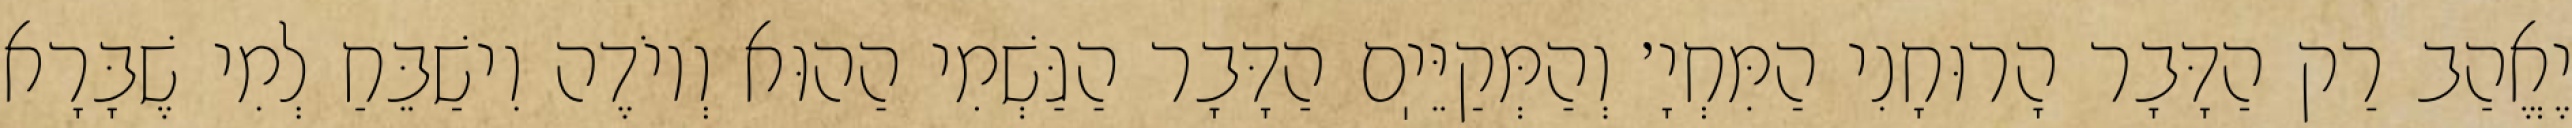
יֶאֱהַב רַק הַדָּבָר הָרוּחָנִי הַמִּחְיָ׳ וְהַמְּקַיֵּיֽם הַדָּבָר הַגַּשְׁמִי הַהוּא וְיוֹדֶה וִישַׁבֵּחַ לְמִי שֶׁבָּרָא